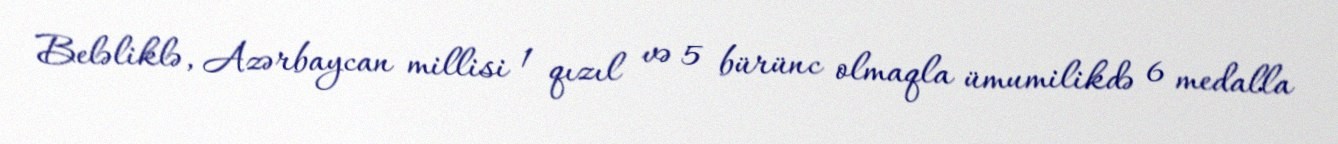
Beləliklə, Azərbaycan millisi 1 qızıl və 5 bürünc olmaqla ümumilikdə 6 medalla